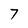
Character: 7